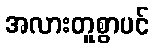
အလားတူစွာပင်